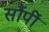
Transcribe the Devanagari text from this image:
सौंपीं